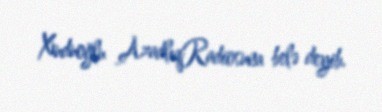
Xuduoğlu AzadlıqRadiosuna belə deyib.